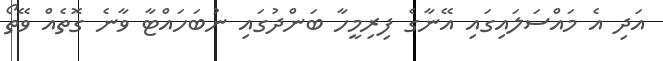
އަދި އެ މައްސަލައިގައި އޭނާގެ ފިރިމީހާ ބަންދުގައި ނުބަހައްޓާ ވާނެ ގޮތެއް ވޭތޯ